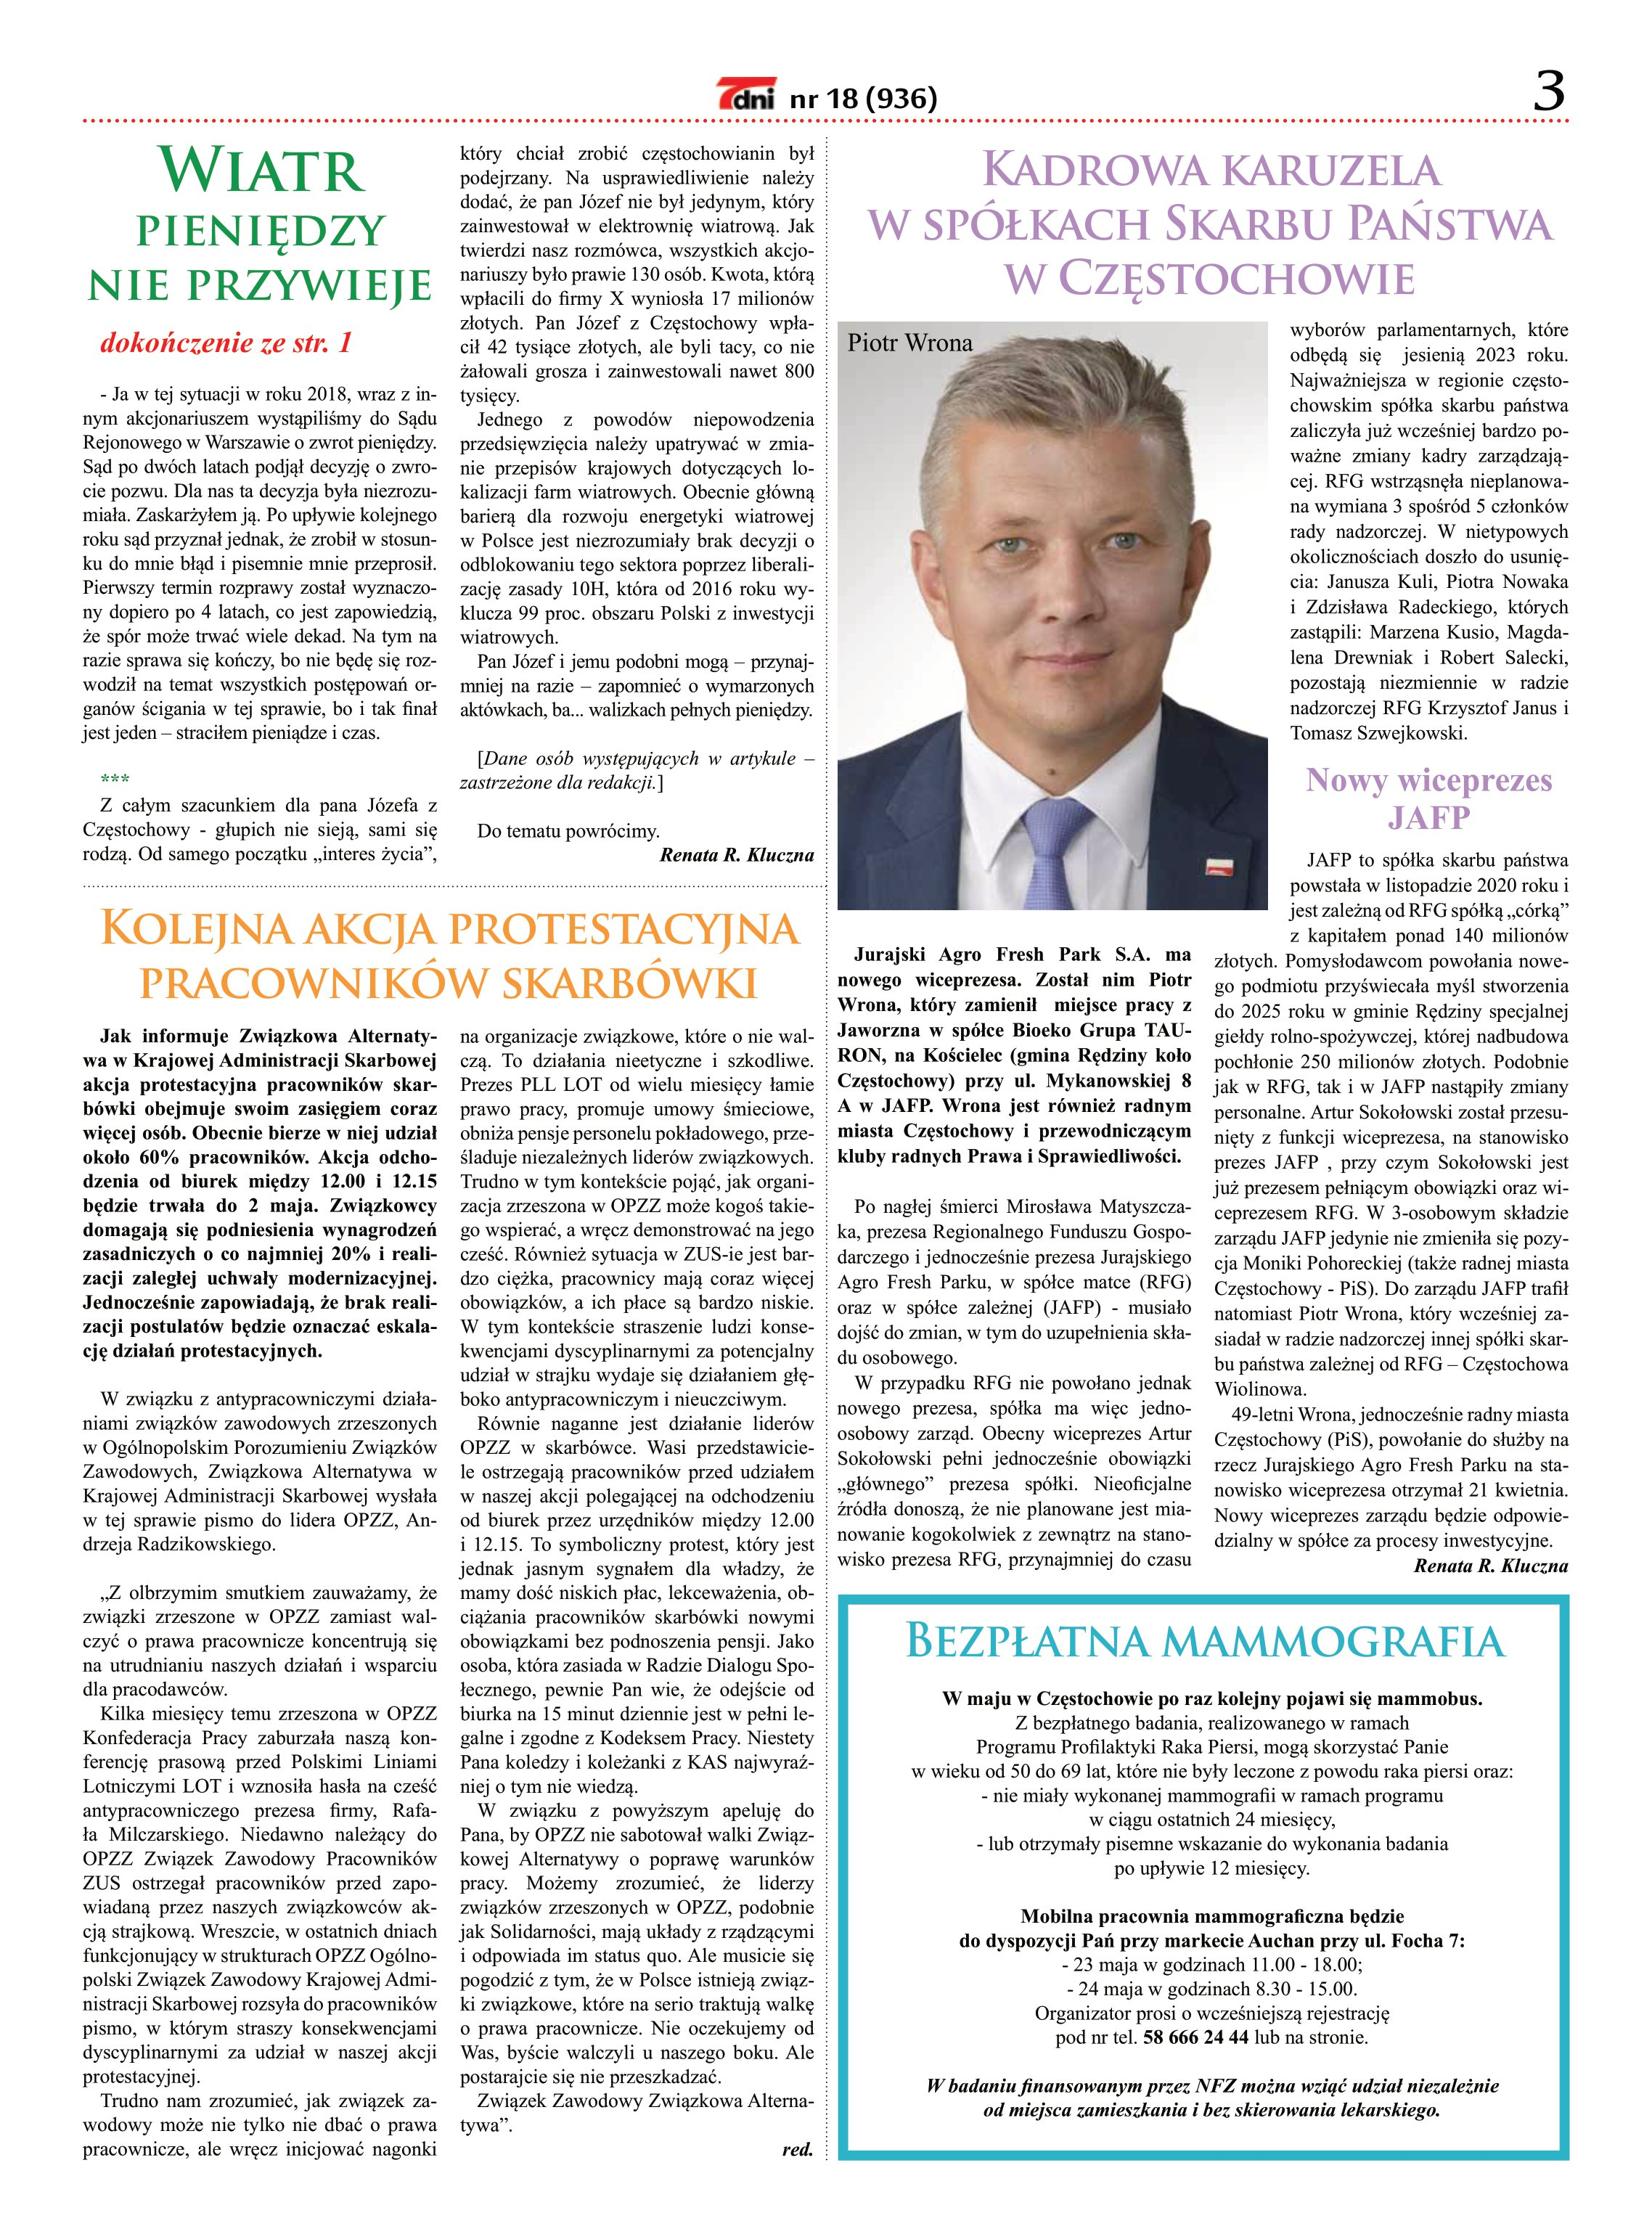
Language: pl